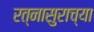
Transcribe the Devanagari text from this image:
रत्नासुराच्या